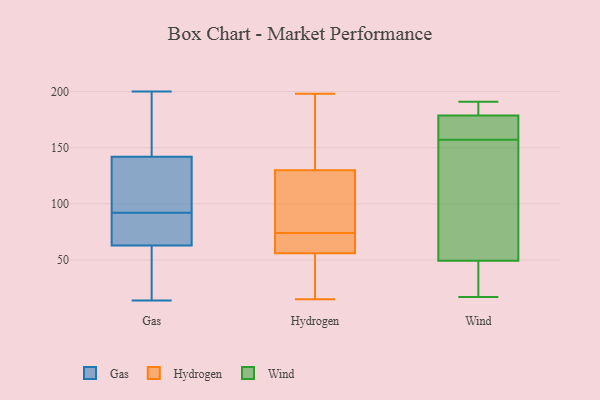
{"axis": {"x": "Backlog", "y": "Value"}, "legend": ["Gas", "Hydrogen", "Wind"], "data": [{"x": "", "y": 63, "type": "Gas"}, {"x": "", "y": 78, "type": "Gas"}, {"x": "", "y": 14, "type": "Gas"}, {"x": "", "y": 59, "type": "Gas"}, {"x": "", "y": 119, "type": "Gas"}, {"x": "", "y": 200, "type": "Gas"}, {"x": "", "y": 73, "type": "Gas"}, {"x": "", "y": 78, "type": "Gas"}, {"x": "", "y": 33, "type": "Gas"}, {"x": "", "y": 142, "type": "Gas"}, {"x": "", "y": 154, "type": "Gas"}, {"x": "", "y": 106, "type": "Gas"}, {"x": "", "y": 200, "type": "Gas"}, {"x": "", "y": 118, "type": "Gas"}, {"x": "", "y": 147, "type": "Hydrogen"}, {"x": "", "y": 198, "type": "Hydrogen"}, {"x": "", "y": 15, "type": "Hydrogen"}, {"x": "", "y": 87, "type": "Hydrogen"}, {"x": "", "y": 191, "type": "Hydrogen"}, {"x": "", "y": 63, "type": "Hydrogen"}, {"x": "", "y": 130, "type": "Hydrogen"}, {"x": "", "y": 117, "type": "Hydrogen"}, {"x": "", "y": 65, "type": "Hydrogen"}, {"x": "", "y": 56, "type": "Hydrogen"}, {"x": "", "y": 83, "type": "Hydrogen"}, {"x": "", "y": 65, "type": "Hydrogen"}, {"x": "", "y": 55, "type": "Hydrogen"}, {"x": "", "y": 43, "type": "Hydrogen"}, {"x": "", "y": 145, "type": "Wind"}, {"x": "", "y": 188, "type": "Wind"}, {"x": "", "y": 17, "type": "Wind"}, {"x": "", "y": 141, "type": "Wind"}, {"x": "", "y": 159, "type": "Wind"}, {"x": "", "y": 89, "type": "Wind"}, {"x": "", "y": 163, "type": "Wind"}, {"x": "", "y": 29, "type": "Wind"}, {"x": "", "y": 187, "type": "Wind"}, {"x": "", "y": 36, "type": "Wind"}, {"x": "", "y": 191, "type": "Wind"}, {"x": "", "y": 157, "type": "Wind"}, {"x": "", "y": 184, "type": "Wind"}, {"x": "", "y": 23, "type": "Wind"}, {"x": "", "y": 163, "type": "Wind"}]}